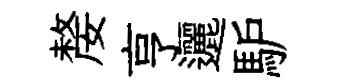
嫠亨邐馿